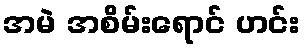
အမဲ အစိမ်းရောင် ဟင်း